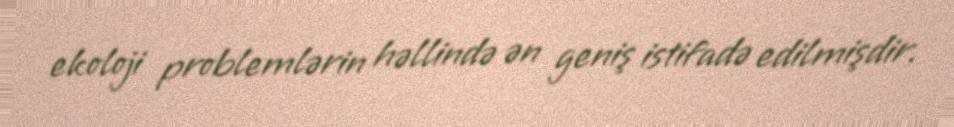
ekoloji problemlərin həllində ən geniş istifadə edilmişdir.